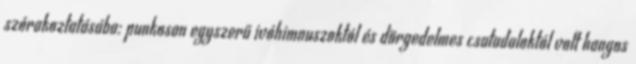
szórakoztatásába: punkosan egyszerű ivóhimnuszoktól és dörgedelmes csatadaloktól volt hangos